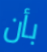
بأن